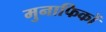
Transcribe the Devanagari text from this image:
मुनाफिकों